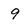
Character: 9